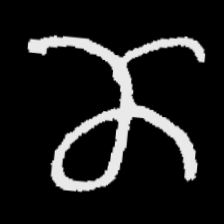
Pyu character \u2014 Myanmar letter: ဏ (romanized: nna)